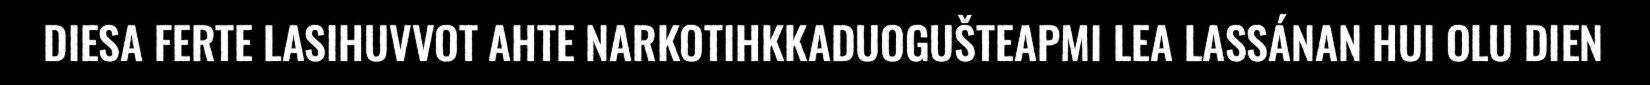
DIESA FERTE LASIHUVVOT AHTE NARKOTIHKKADUOGUŠTEAPMI LEA LASSÁNAN HUI OLU DIEN